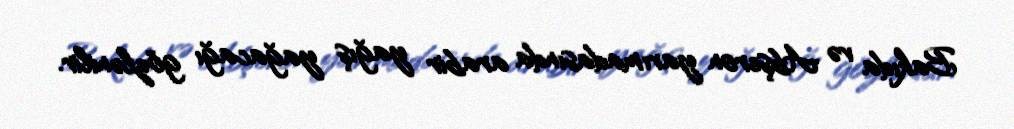
Bakıda və Abşeron yarımadasında arabir yağış yağacağı gözlənilir.